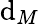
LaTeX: \mathrm{d}_{M}